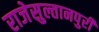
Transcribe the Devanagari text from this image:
राजेसुल्तानपुरी